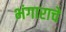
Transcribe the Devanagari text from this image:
भंगाराचे